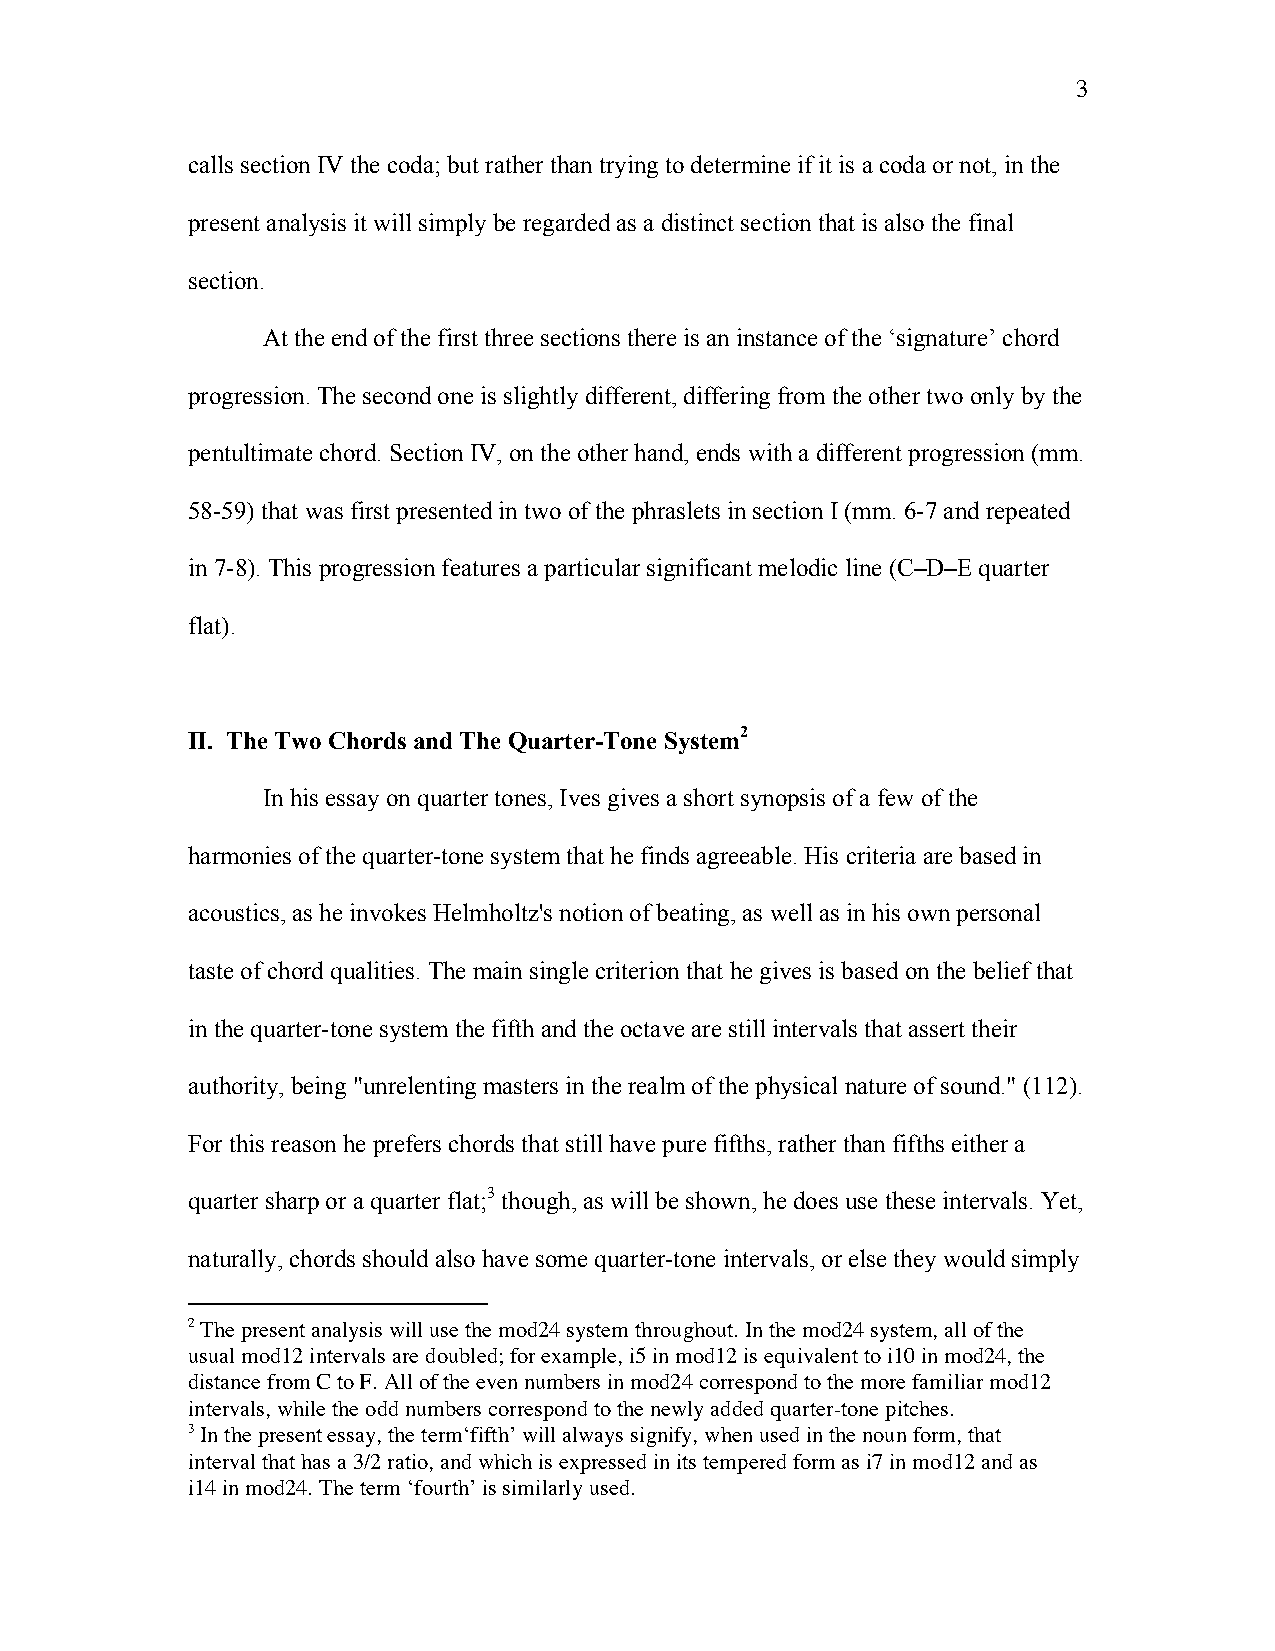
3
 calls section IV the coda; but rather than trying to determine if it is a coda or not, in the
 present analysis it will simply be regarded as a distinct section that is also the final
 section.
 At the end of the first three sections there is an instance of the ‘signature’ chord
 progression. The second one is slightly different, differing from the other two only by the
 pentultimate chord. Section IV, on the other hand, ends with a different progression (mm.
 58-59) that was first presented in two of the phraslets in section I (mm. 6-7 and repeated
 in 7-8). This progression features a particular significant melodic line (C–D–E quarter
 flat).
 II. The Two Chords and The Quarter-Tone System2
 In his essay on quarter tones, Ives gives a short synopsis of a few of the
 harmonies of the quarter-tone system that he finds agreeable. His criteria are based in
 acoustics, as he invokes Helmholtz's notion of beating, as well as in his own personal
 taste of chord qualities. The main single criterion that he gives is based on the belief that
 in the quarter-tone system the fifth and the octave are still intervals that assert their
 authority, being "unrelenting masters in the realm of the physical nature of sound." (112).
 For this reason he prefers chords that still have pure fifths, rather than fifths either a
 quarter sharp or a quarter flat;3 though, as will be shown, he does use these intervals. Yet,
 naturally, chords should also have some quarter-tone intervals, or else they would simply
 2 The present analysis will use the mod24 system throughout. In the mod24 system, all of the
 usual mod12 intervals are doubled; for example, i5 in mod12 is equivalent to i10 in mod24, the
 distance from C to F. All of the even numbers in mod24 correspond to the more familiar mod12
 intervals, while the odd numbers correspond to the newly added quarter-tone pitches.
 3 In the present essay, the term‘fifth’ will always signify, when used in the noun form, that
 interval that has a 3/2 ratio, and which is expressed in its tempered form as i7 in mod12 and as
 i14 in mod24. The term ‘fourth’ is similarly used.